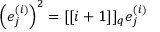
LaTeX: \left( e _ { j } ^ { ( i ) } \right) ^ { 2 } = [ [ i + 1 ] ] _ { { q } } e _ { j } ^ { ( i ) }